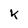
Character: k